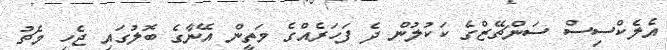
އެލެކްސިސް ސަންޗޭޒްގެ ކަކުލުން ދެ ފަހަރެއްގެ މަތީން އޭނާގެ ބޮލުގައި ޖެހި މެޗު